Lunatic asylums Bombay report 1891-1903 - 1891-1903
Year: 1891
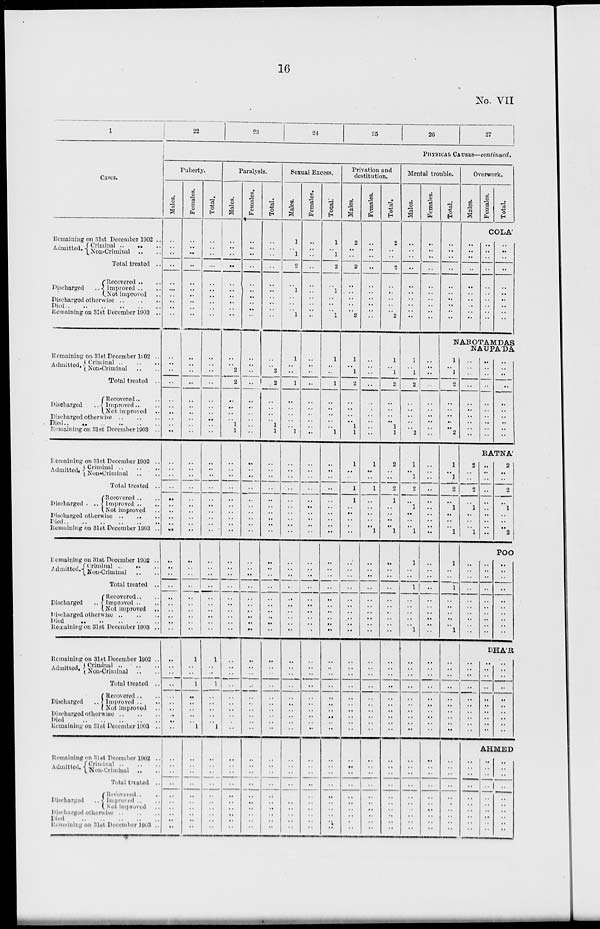
16
No. VII
1
Cases.
Remaining on 31st December 1902 ..
Admitted. Criminal ..
.. ..
Non-Criminal .. ..
Total treated ..
Discharged
Recovered .. ..
Improved .. ..
Not improved ..
Discharged otherwise
..
..
..
Died
..
..
..
..
Remaining on 31st December 1903 ..
Remaining on 31st December 1902 ..
Admitted. Criminal .. .. ..
Non-Criminal .. ..
Total treated ..
Discharged
Recovered .. ..
Improved.. ..
Not improved
..
Discharged otherwise
..
..
..
Died
..
..
..
..
..
..
Remaining on 31st December 1903 ..
Remaining on 31st December 1902 ..
Admitted. Criminal
..
..
..
Non-Criminal .. ..
Total treated ..
Discharged
..
Recovered .. ..
Improved .. ..
Not improved ..
Discharged otherwise .. .. ..
Died .. .. .. .. ..
Remaining on 31st December 1903 ..
Remaining on 31st December 1902 ..
Admitted. Criminal .. .. ...
Non-Criminal .. ..
Total treated ..
Discharged ..
Recovered .. ..
Improved .. ..
Not improved .. ..
Discharged otherwise
..
..
..
Died
..
..
..
..
Remaining on Slat December 1903 ..
Remaining on 31st December 1902 ..
Admitted. Criminal
..
..
..
Non-Criminal .. ..
Total treated ..
Discharged ..
Recovered .. ..
Improved
..
..
Not improved ..
Discharged otherwise
..
..
..
Died
..
..
..
..
..
..
Remaining on 31st December 1903 ..
Remaining on 31st December 1902 ..
Admitted. Criminal .. .. ..
Non-Criminal .. ..
Total treated ..
Discharged ..
Recovered .. ..
Improved .. ..
Not-improved ..
Discharged otherwise .. .. ..
Died .. .. .. .. ..
Remaining on 31st December 1903 ..
22
23
24
25
26
27
PHYSICAL CAUSES—continued.
Puberty.
Males.
..
..
..
..
..
...
..
..
..
..
..
..
..
..
..
..
..
..
..
..
..
..
..
..
..
..
..
..
..
..
..
..
..
..
..
..
..
..
..
..
..
..
..
..
..
..
..
..
..
..
..
..
..
..
..
..
..
..
..
..
Females.
..
..
..
..
..
..
..
..
..
..
..
..
..
..
..
..
..
..
..
..
..
..
..
..
..
..
..
..
..
..
..
..
..
..
..
..
..
..
..
..
1
..
..
1
..
..
..
..
..
1
..
..
..
..
..
..
..
..
..
..
Total.
..
..
..
..
..
..
..
..
..
..
..
..
..
..
..
..
..
..
..
..
..
..
..
..
..
..
..
..
..
..
..
..
..
..
..
..
..
..
..
..
1
..
..
1
..
..
..
..
..
1
..
..
..
..
..
..
..
..
..
..
Paralysis.
Males.
..
..
..
..
..
..
..
..
..
..
..
..
2
2
..
..
..
..
1
1
..
..
..
..
..
..
..
..
..
..
..
..
..
..
..
..
..
..
..
..
..
..
..
..
..
..
..
..
..
..
..
..
..
..
..
..
..
..
..
..
Females.
..
..
..
..
..
..
..
..
..
...
..
..
..
..
..
..
..
..
..
..
..
..
..
..
..
..
..
..
..
..
..
..
..
..
..
..
..
..
..
..
..
..
..
..
..
..
..
..
..
..
..
..
..
..
..
..
..
..
..
..
Total.
..
..
..
..
..
..
..
..
..
..
..
..
2
2
..
..
..
..
1
1
..
..
..
..
..
..
..
..
..
..
..
..
..
..
..
..
..
..
..
..
..
..
..
..
..
..
..
..
..
..
..
..
..
..
..
..
..
..
..
..
Sexual Excess.
Males.
1
..
1
2
..
1
..
..
..
1
1
..
..
1
..
..
..
..
..
1
..
..
..
..
..
..
..
..
..
..
..
..
..
..
..
..
..
..
..
..
..
..
..
..
..
..
..
..
..
..
..
..
..
..
..
..
..
..
..
..
Females.
..
..
..
..
..
..
..
..
..
..
..
..
..
..
..
..
..
..
..
..
..
..
..
..
..
..
..
..
..
..
..
..
..
..
..
..
..
..
..
..
..
..
..
..
..
..
..
..
..
..
..
..
..
..
..
..
..
..
..
..
Total.
1
..
1
2
..
1
..
..
..
1
1
..
..
1
..
..
..
..
.. 1
..
..
..
..
..
..
..
..
..
..
..
..
..
..
..
..
..
..
..
..
..
..
..
..
..
..
..
..
..
..
..
..
..
..
..
..
..
..
..
..
Privation and
destitution.
Males.
2
..
..
2
..
..
..
..
..
2
1
..
1
2
..
..
..
..
1
1
1
..
..
1
1
..
..
..
..
..
..
..
..
..
..
..
..
..
..
..
..
..
..
..
..
..
..
..
..
..
..
..
..
..
..
..
..
..
..
Females.
..
..
..
..
..
..
..
..
..
..
..
..
..
..
..
..
..
..
..
..
1
..
..
1
..
..
..
..
..
1
..
..
..
..
..
..
..
..
..
..
..
..
..
..
..
..
..
..
..
..
..
..
..
..
..
..
..
..
..
..
Total.
2
..
..
2
..
..
..
..
..
2
1
.. 1
2
..
..
..
..
1
1
2
..
..
2
1
..
..
..
..
1
..
..
..
..
..
..
..
..
..
..
..
..
..
..
..
..
..
..
..
..
..
..
..
..
..
..
..
..
..
..
Mental trouble.
Males.
..
..
..
..
..
..
..
..
..
..
1
..
1
2
..
..
..
..
..
2
1
..
1
2
..
1
..
..
..
1
1
..
..
1
..
..
..
..
..
1
..
..
..
..
..
..
..
..
..
..
..
..
..
..
..
..
..
..
..
..
Females.
..
..
..
..
..
..
..
..
..
..
..
..
..
..
..
..
..
..
..
..
..
..
..
..
..
..
..
..
..
..
..
..
..
..
..
..
..
..
..
..
..
..
..
..
..
..
..
..
..
..
..
..
..
..
..
..
..
..
..
..
Total.
..
..
..
..
..
..
..
..
..
..
Overwork.
Males.
..
..
..
..
..
..
..
..
..
..
Females.
Total.
COLA'
..
..
..
..
..
..
..
..
..
..
..
..
..
..
..
..
..
..
..
..
NAROTAMDAS
NAUPA'DA
1
.. 1
2
..
..
..
..
..
2
1
..
1
2
..
1
..
..
..
1
1
..
..
1
..
..
..
..
..
1
..
..
..
..
..
..
..
..
..
..
..
..
..
..
..
..
..
..
..
..
..
..
..
..
..
..
..
..
..
..
..
..
..
..
..
..
..
..
..
..
..
..
..
..
..
..
..
..
..
RATNA'
2
..
..
2
..
1
..
..
..
1
..
..
..
..
..
..
..
..
..
..
2
..
..
2
..
1
..
..
..
2
POO
..
..
..
..
..
..
..
..
..
..
..
..
..
..
..
..
..
..
..
..
..
..
..
..
..
..
..
..
..
..
DHA'R
..
..
..
..
..
..
..
..
..
..
..
..
..
..
..
..
..
..
..
..
..
..
..
..
..
..
..
..
..
AHMED
..
..
..
..
..
..
..
..
..
..
..
..
..
..
..
..
..
..
..
..
..
..
..
..
..
..
..
..
..
..